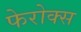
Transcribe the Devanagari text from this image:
फेरोक्स